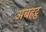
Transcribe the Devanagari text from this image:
अबहट्ठ